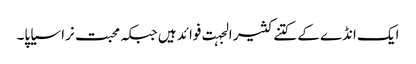
ایک انڈے کے کتنے کثیر الجہت فوائد ہیں جبکہ محبت نرا سیاپا۔